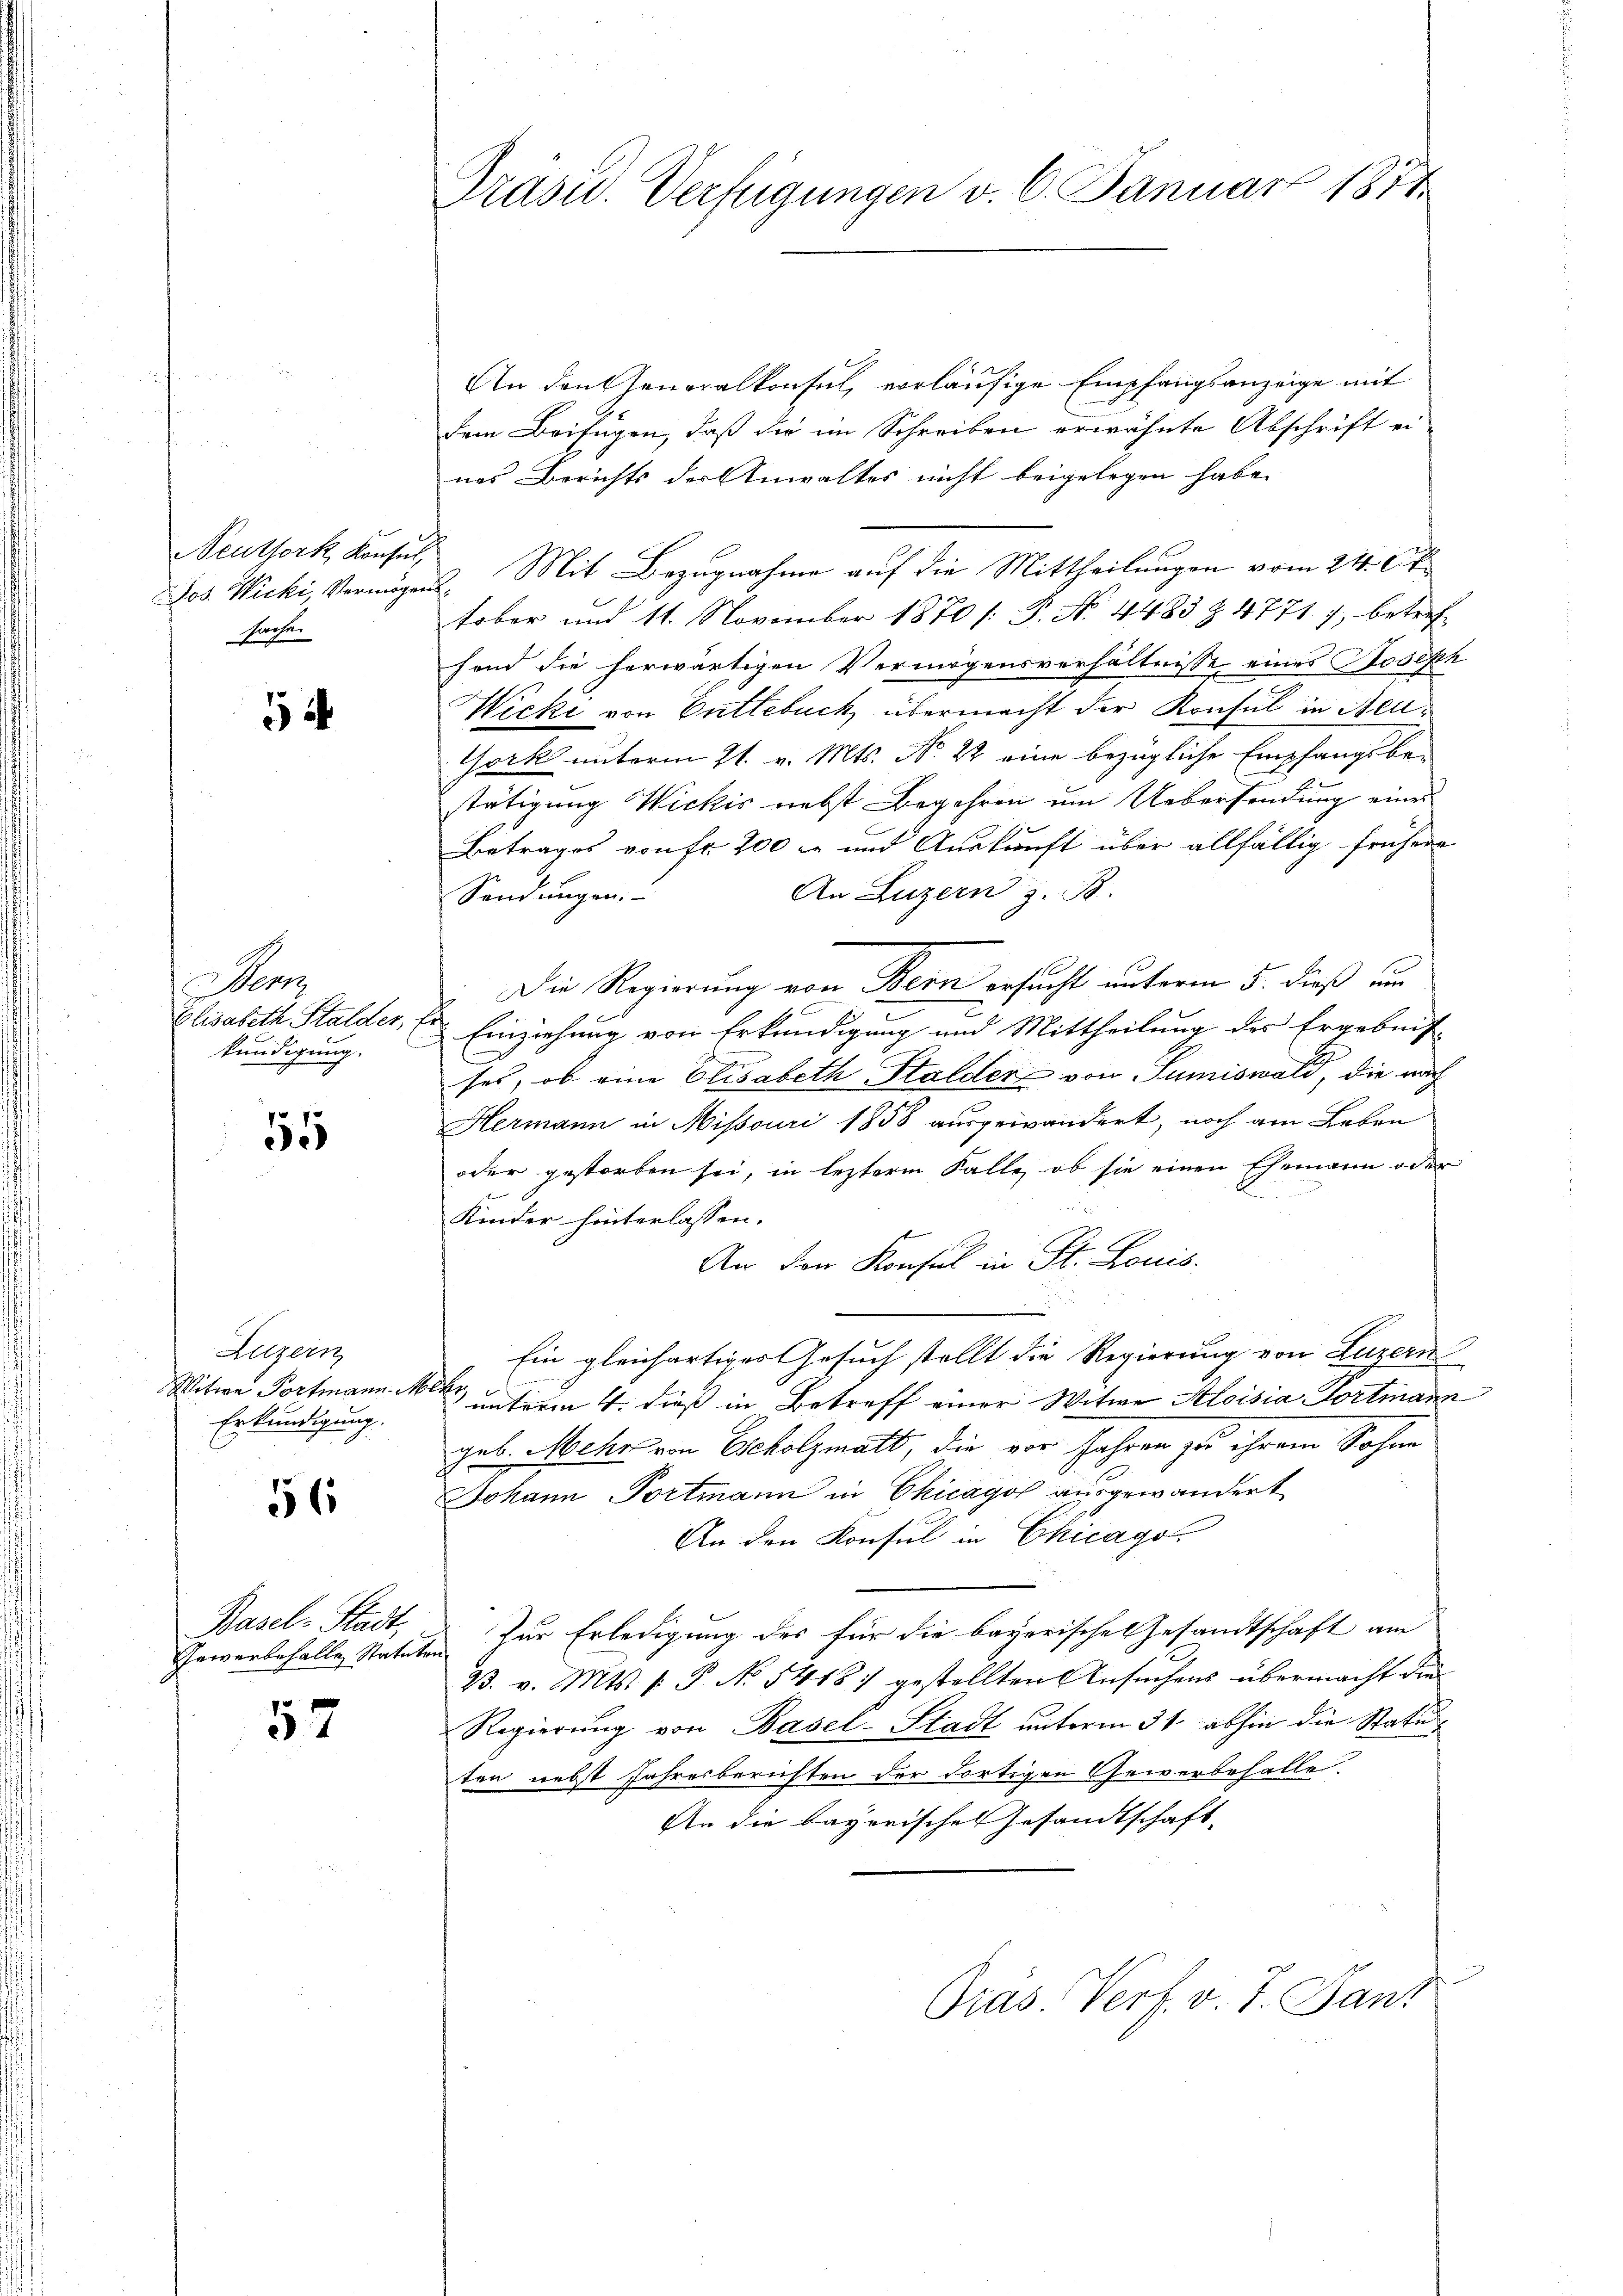
Jos. Wicki, Vermögens,
sache.

12

Mo
Elisabeth Stalder, t
kündigung.

55

Luzern
Witwe Portmann. M
Erkundigung.

56

Basel-Stadt,
Gewerbehalle Statuten

57

Präsid. Verfügungen v. 6. Januar 1871

2
An den Generalkonsul, vorläufige Empfangsanzeige mit
dem Beifügen, daß die im Schreiben erwähnte Abschrift ei-
nes Berichts der Anwaltes nicht beigelegen habe.
Neuttork, Konsus Mit Bezugnahme auf die Mittheilungen vom 24. Oct.
tober und 11. November 1870 /: P. No. 4483 Z. 4771 7, betreffend die herwärtigen Vermögensverhältnisse eines Joseph
Wicki von Entlebuch übermacht der Konsul in Aeu¬
York unterm 21. v. Mts. No. 22 eine bezügliche Empfangsbe-
1
tätigung Wickis nebst Begehren um Uebersendung eines
Betrages von fr. 200 l. und Auskunft über allfällig frühere
An Luzern z. B.
Sendungen.
Die Regierung von Bern ersucht unterm 5. dieß um
d
Einziehung von Erkundigung und Mittheilung des Ergebnis
ch
ses, ob eine Elisabeth Stalder von Sumiswald, die nach
Hermann in Missouri 1858 ausgewandert, noch am Leben
oder gestorben sei, in lezterm Falle, ob sie einen Ehemann oder
Kinder hinterlassen.
An den Konsul in St. Louis
Ein gleichartiges Gesuch stellt die Regierung von Luzern
a
 unterm 4. dieß in Betreff einer Witwe Aloisia Portmann
geb. Mehr von Echolzmatt, die vor Jahren zu ihrem Sohne
Johann Portmann in Chicago ausgewandert
An den Konsul in Chicago
Zur Erledigung des für die bayerische Gesandtschaft am
33. v. Mts. f. P. No 1418) gestellten Ansuchens übermacht die
Regierung von Basel-Stadt unterm 31. abhin die Statuten nebst Jahresberichten der dortigen Gewerbehalle.
An die bayerisches Gesandtschaft,
Präs. Verf. v. J. Jan: